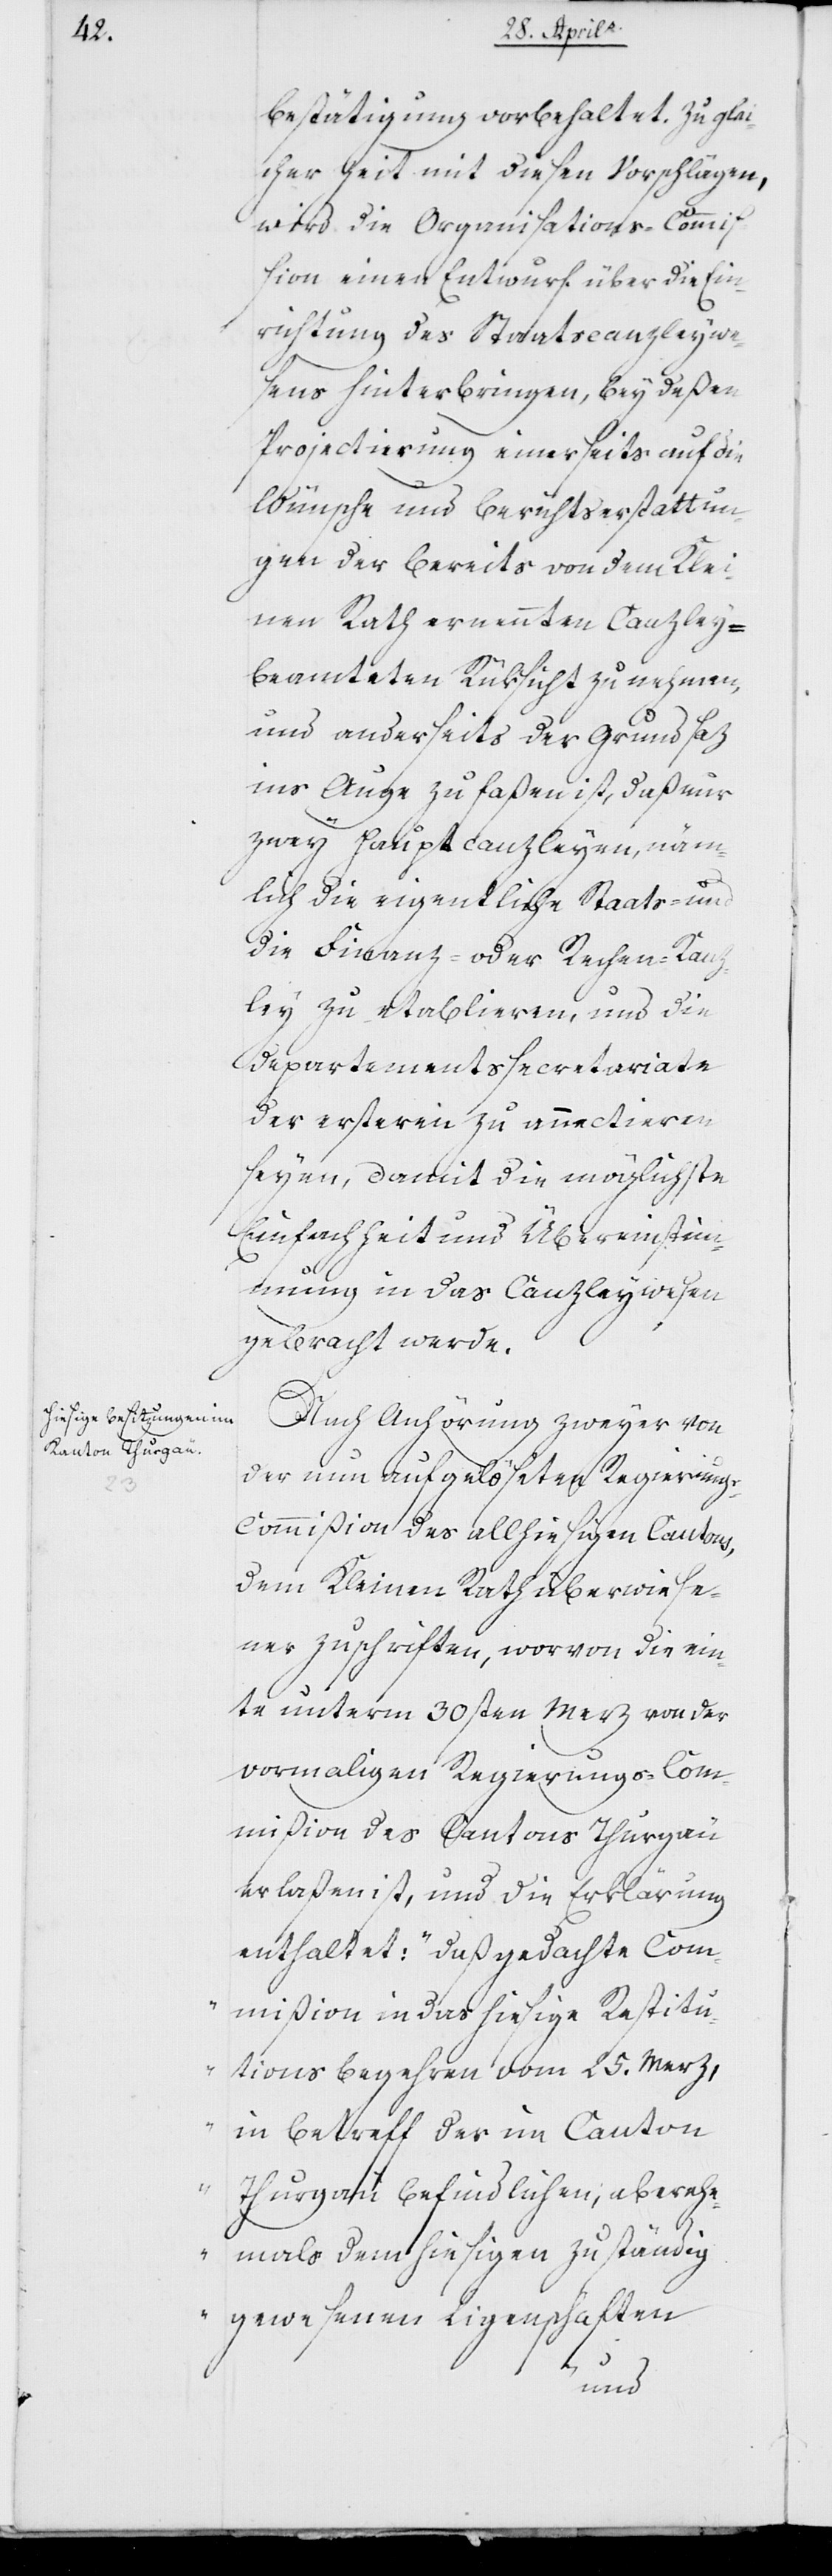
Bestätigung vorbehaltet. Zu glei¬
cher Zeit mit diesen Vorschlägen,
wird die Organisations-Commiß¬
ion einen Entwurf über die Ein¬
richtung des Staatscanzleywe¬
sens hinterbringen, bey deßen
Projectierung einerseits auf die
Wünsche und Berichtserstattun¬
gen der bereits von dem Klei¬
nen Rath ernannten Canzley¬
beamteten Rüksicht zu nehmen,
und anderseits der Grundsaz
ins Auge zu faßen ist, daß nur
zwey Hauptcanzleyen, näm¬
lich die eigentliche Staats- und
die Finanz- oder Rechen-Kanz¬
ley zu etablieren, und die
Departementssecretariate
der ersteren zu annectieren
seyen, damit die möglichste
Einfachheit und Übereinstim¬
mung in das Canzleywesen
gebracht werde.
Nach Anhörung zweyer von
der nun aufgelöseten Regierung¬
s-Commißion des allhiesigen Cantons,
dem Kleinen Rath überwiese¬
ner Zuschriften, worvon die ein¬
te unterm 30sten Merz von der
vormaligen Regierungs-Com¬
mißion des Cantons Thurgau
erlaßen ist, und die Erklärung
enthaltet: „daß gedachte Kom¬
mißion in das hiesige Restitu¬
tionsbegehren vom 25sten Merz,
in Betreff der im Canton
Thurgau befindlichen, aber ehe¬
mals dem hiesigen zuständig
gewesenen Ligenschaften